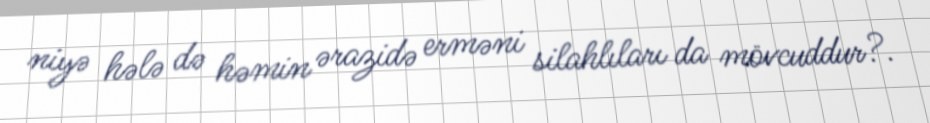
niyə hələ də həmin ərazidə erməni silahlıları da mövcuddur?.